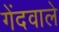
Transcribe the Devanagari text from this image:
गेंदवाले